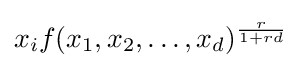
x_{i}f(x_{1},x_{2},\ldots ,x_{d})^{\frac {r}{1+rd}}